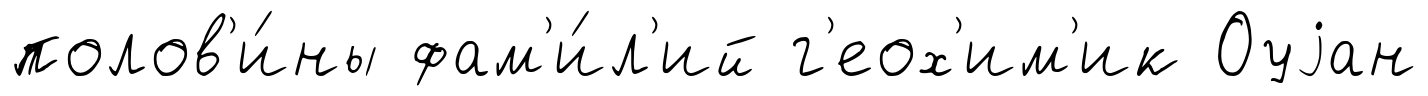
полов'и́ны фам'и́л'ий г'еох'им'ик Оуjан